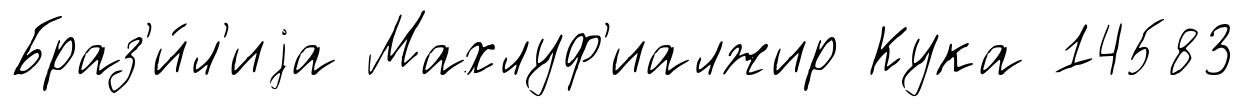
Браз'и́л'иjа Махлуф'иалжир Кука 14583